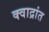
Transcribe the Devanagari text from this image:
क्वाद्रांत